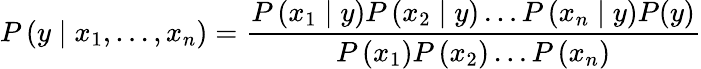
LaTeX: P\left(y\mid x_{1},\ldots,x_{n}\right)=\frac{P\left(x_{1}\mid y\right)P\left(x_{2}\mid y\right)\ldots P\left(x_{n}\mid y\right)P(y)}{P\left(x_{1}\right)P\left(x_{2}\right)\ldots P\left(x_{n}\right)}